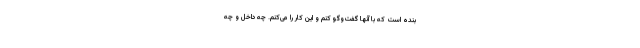
بنده است که با آنها گفت‌و‌گو کنم و این کار را می‌کنم. چه داخل و چه